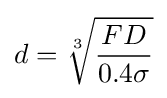
d={\sqrt[{3}]{\frac {FD}{0.4\sigma }}}